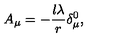
A _ { \mu } = - \frac { l \lambda } r \delta _ { \mu } ^ { 0 } ,